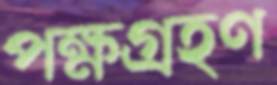
পক্ষগ্রহণ